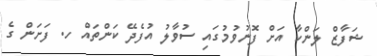
ޝަފާޒް ލަންކާ އަށް ފޮނުވުމުގައި ސުވާލު އުފެދޭ ކަންތައް ހ. ފަށަން ގެ